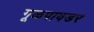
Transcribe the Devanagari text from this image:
गूळपावडर